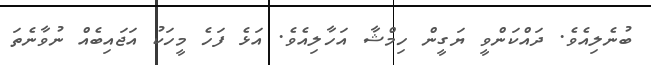
ބުނެލިއެވެ. ދައްކަންވީ ޔަގީން ހިމްޝާ އަހާލިއެވެ. އަޅެ ފަހެ މީހަކު އަޖައިބެއް ނުވާނެތަ